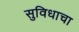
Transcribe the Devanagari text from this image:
सुविधाचा